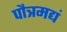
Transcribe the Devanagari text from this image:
पौत्रमद्यं